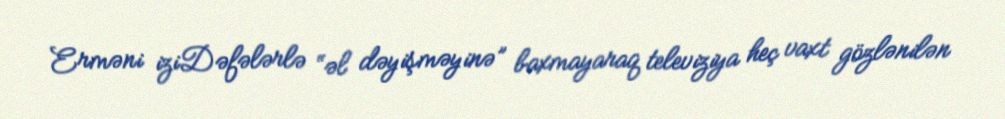
Erməni iziDəfələrlə “əl dəyişməyinə” baxmayaraq televiziya heç vaxt gözlənilən